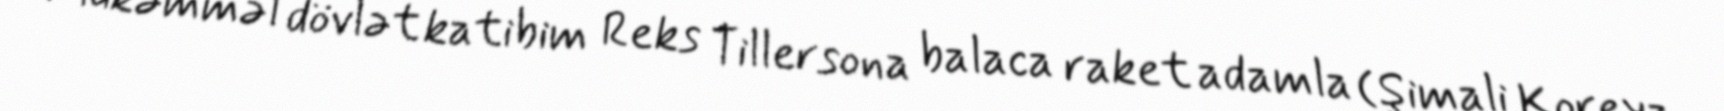
Mükəmməl dövlət katibim Reks Tillersona balaca raket adamla (Şimali Koreya